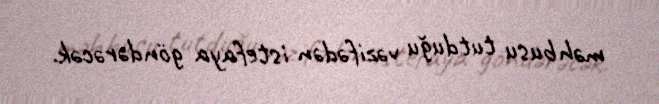
məhbusu tutduğu vəzifədən istefaya göndərəcək.